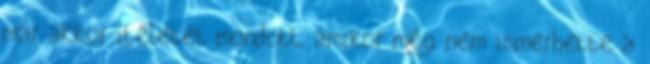
már akkor ítéletet mondott, amikor még nem ismerhette a